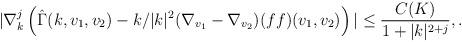
LaTeX: \begin{align*}|\nabla^j_k \left(\hat{\Gamma}(k,v_1,v_2) - k/|k|^2 (\nabla_{v_1}-\nabla_{v_2})(f f)(v_1,v_2)\right)|\leq \frac{C(K)}{1+|k|^{2+j}}, .\end{align*}